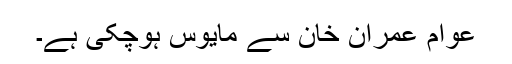
عوام عمران خان سے مایوس ہوچکی ہے۔